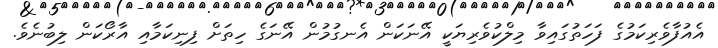
އެއުފާވެރިކަމުގެ ފަހަތުގައިވާ މިލްކުވެރިޔަކީ އޭނަކަން އެނގުމުން އޭނަގެ ހިތަށް ފިނިކަމާއި އާރޯކަން ލިބުނެވެ.